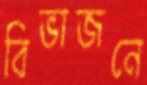
বিভাজনে